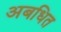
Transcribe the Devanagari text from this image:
अबधित